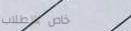
خاص بالطلاب